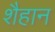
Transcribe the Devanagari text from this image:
शैहान